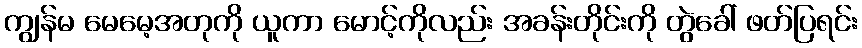
ကျွန်မ မေမေ့အတုကို ယူကာ မောင့်ကိုလည်း အခန်းတိုင်းကို တွဲခေါ် ဖတ်ပြရင်း